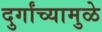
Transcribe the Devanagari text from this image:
दुर्गांच्यामुळे